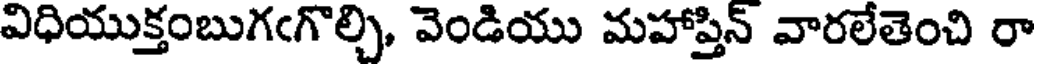
విధియుక్తంబుగఁగొల్చి, వెండియు మహాప్తిన్ వారలేతెంచి రా